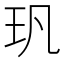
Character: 㺬